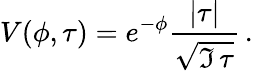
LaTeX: V(\phi,\tau)=e^{-\phi}{\frac{|\tau|}{\sqrt{\Im\, \tau}}}\, .